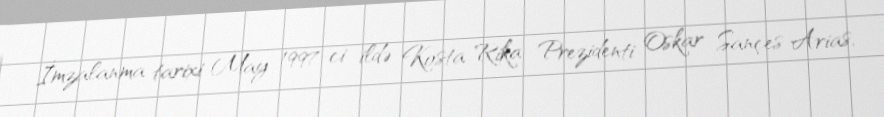
İmzalanma tarixi May 1997-ci ildə Kosta Rika Prezidenti Oskar Sançes Arias,